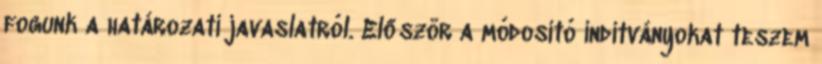
fogunk a határozati javaslatról. Először a módosító indítványokat teszem